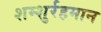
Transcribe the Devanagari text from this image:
शम्शुर्रहमान